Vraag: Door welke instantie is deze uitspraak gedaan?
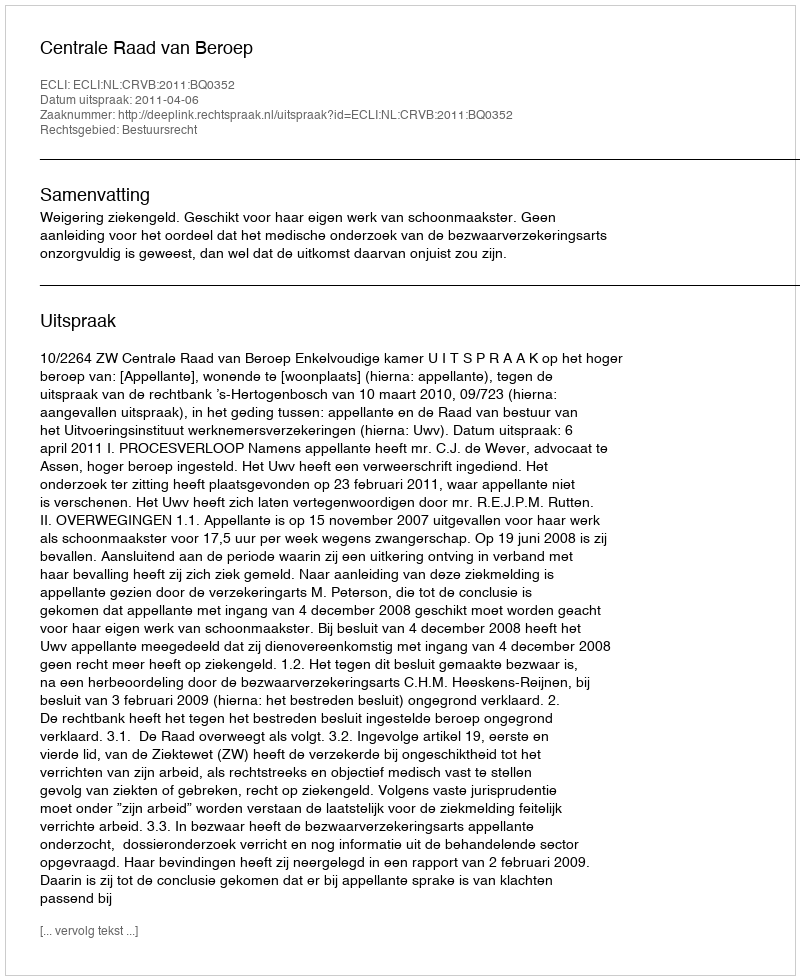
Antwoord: Centrale Raad van Beroep